Civil Veterinary Dept. Bombay admin report 1893-99 - 1893-1899
Year: 1893
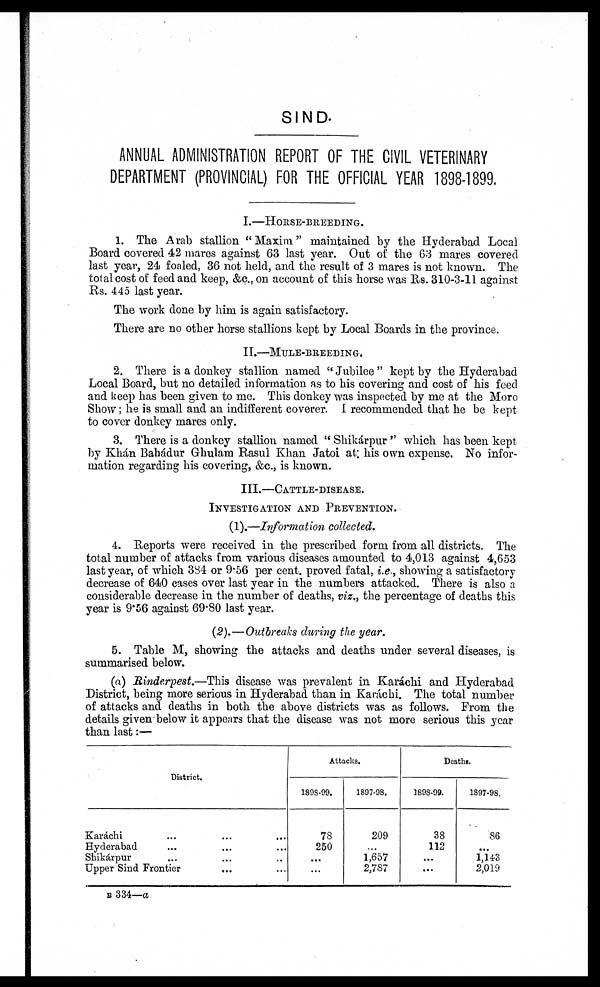
SIND.
ANNUAL ADMINISTRATION REPORT OF THE CIVIL VETERINARY
DEPARTMENT (PROVINCIAL) FOR THE OFFICIAL YEAR 1898-1899.
I.—HORSE-BREEDING.
1. The Arab stallion "Maxim" maintained by the Hyderabad Local
Board covered 42 mares against 63 last year. Out of the 63 mares covered
last year, 24 foaled, 36 not held, and the result of 3 mares is not known. The
total cost of feed and keep, &c., on account of this horse was Rs. 310-3-11 against
Rs. 445 last year.
The work done by him is again satisfactory.
There are no other horse stallions kept by Local Boards in the province.
II.—MULE-BREEDING.
2. There is a donkey stallion named "Jubilee" kept by the Hyderabad
Local Board, but no detailed information as to his covering and cost of his feed
and keep has been given to me. This donkey was inspected by me at the Moro
Show; he is small and an indifferent coverer. I recommended that he be kept
to cover donkey mares only.
3. There is a donkey stallion named "Shikárpur" which has been kept
by Khán Bahßdur Ghulam Rasul Khan Jatoi at; his own expense. No infor-
mation regarding his covering, &c., is known.
III.—CATTLE-DISEASE.
INVESTIGATION AND PREVENTION.
(1).—Information collected.
4. Reports were received in the prescribed form from all districts. The
total number of attacks from various diseases amounted to 4,013 against 4,653
last year, of which 384 or 9.56 per cent. proved fatal, i.e., showing a satisfactory
decrease of 640 cases over last year in the numbers attacked. There is also a
considerable decrease in the number of deaths, viz., the percentage of deaths this
year is 9.56 against 69.80 last year.
(2).—Outbreaks during the year.
5. Table M, showing the attacks and deaths under several diseases, is
summarised below.
(a) Rinderpest.—This disease was prevalent in Karachi and Hyderabad
District, being more serious in Hyderabad than in Karáchi. The total number
of attacks and deaths in both the above districts was as follows. From the
details given below it appears that the disease was not more serious this year
than last:—
District.
Karáchi ... ... ...
Hyderabad ... ... ...
Shikárpur ... ... ...
Upper Sind Frontier ... ...
Attacks.
1898-99.
78
250
...
...
1897-98.
209
...
1,657
2,787
Deaths.
1898-99.
38
112
...
...
1897-98.
86
...
1,143
2,019
B 334—a